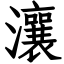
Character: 瀼